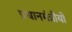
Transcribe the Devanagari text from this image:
प्रधानमंत्रीयों